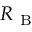
R _ { \mathrm { ~ B ~ } }